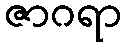
ဇာဂရာ